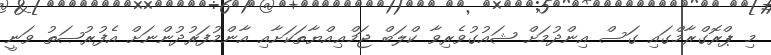
މި ޕްރޮގްރާމްގައި ގަސް އިންދުމަށް ޝައުގުވެރިވާ ކްލަބް ޖަމްޢިއްޔާތަކަށާއި އާންމުފަރުދުންނަށް އެފުރުޞަތު ވަނީ